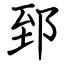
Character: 郅